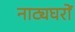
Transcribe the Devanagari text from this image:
नाट्यघरों